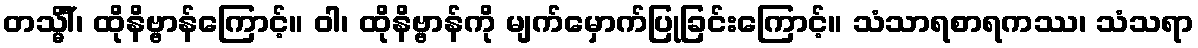
တသ္မိံါ်၊ ထိုနိဗ္ဗာန်ကြောင့်။ ဝါ၊ ထိုနိဗ္ဗာန်ကို မျက်မှောက်ပြုခြင်းကြောင့်။ သံသာရစာရကဿ၊ သံသရာ